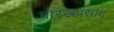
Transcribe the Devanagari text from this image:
गोरखप्रसाद